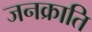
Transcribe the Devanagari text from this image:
जनक्राति